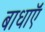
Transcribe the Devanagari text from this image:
बाधाऍं